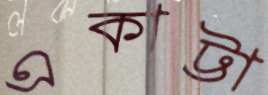
একাট্টা